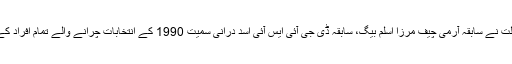
اصغر خان کیس پر مختصر فیصلہ 20 اکتوبر 2012 میں اور تفصیلی فیصلہ 8 نومبر 2012 میں آیا، عدالت نے سابقہ آرمی چیف مرزا اسلم بیگ، سابقہ ڈی جی آئی ایس آئی اسد درانی سمیت 1990 کے انتخابات چرانے والے تمام افراد کے خلاف کارروائی کر کے ان سے سود سمیت پیسے لے کر قومی خزانے میں جمع کروانے کا حکم دیا تھا۔